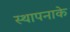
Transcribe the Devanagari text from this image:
स्थापनाके